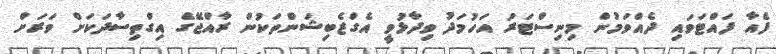
ފެއާ ފައްޓަވައި ދެއްވަމުން މިނިސްޓަރު އަހުމަދު ވިދާޅުވީ އެގްޒެބިޝަންތަކުން ރާއްޖޭގެ އިގްތިސާދަކަށް ވަރަށް